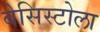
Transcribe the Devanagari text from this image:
बेसिस्टोला